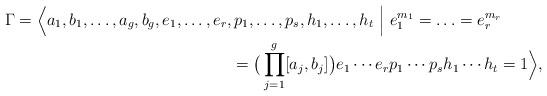
LaTeX: \begin{align*} \Gamma = \Big\langle a_1,b_1,\ldots, a_g,b_g, e_1,\ldots, e_r, &\, p_1,\ldots, p_s, h_1,\ldots,h_t \ \Big\vert\ e_1^{m_1} = \ldots = e_r^{m_r} \\ & = \big(\prod_{j=1}^g [a_j,b_j]\big) e_1\cdots e_r p_1\cdots p_s h_1\cdots h_t = 1 \Big\rangle,\end{align*}